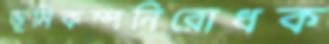
ভূমিকম্পনিরোধক